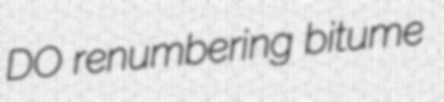
DO renumbering bitume